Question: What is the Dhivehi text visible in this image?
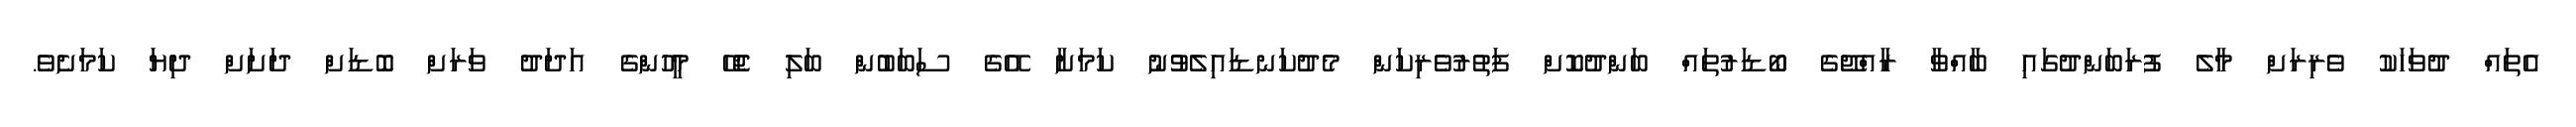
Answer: އެތައް ދުވަހަކު ވެރިރަށް މާލެ ފުރަބަންދުގައި ބާއްވާ ރާއްޖޭގެ ބޯޑަރުތައް ބަންދުކޮށް ފަތުރުވެރިކަން މެދުކަނޑައިލެވުުނު ކަމަށާ އޭގެ ސަބަބުން ބަލި ޖެހޭ މީހުންގެ އަދަދު ވަރަށް ބޮޑަށް ދަށަށް ދިޔަ ކަމަށެވެ.